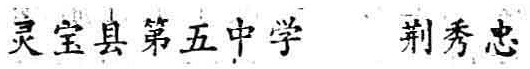
灵宝县第五中学 荆秀忠